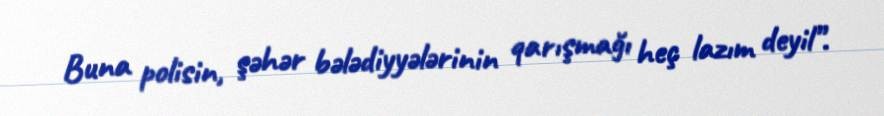
Buna polisin, şəhər bələdiyyələrinin qarışmağı heç lazım deyil”.